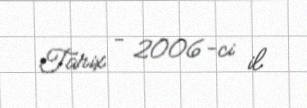
Tarix - 2006-ci il